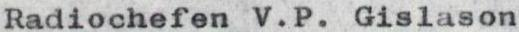
Radiochefen V.P. Gislason